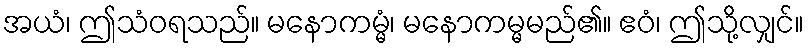
အယံ၊ ဤသံဝရသည်။ မနောကမ္မံ၊ မနောကမ္မမည်၏။ ဧဝံ၊ ဤသို့လျှင်။